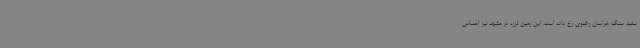
سفید سنگ خراسان رضوی رخ داده است. این زمین لرزه در مشهد نیز احساس